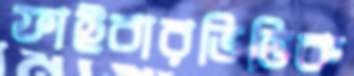
ফাইবারভিত্তিক